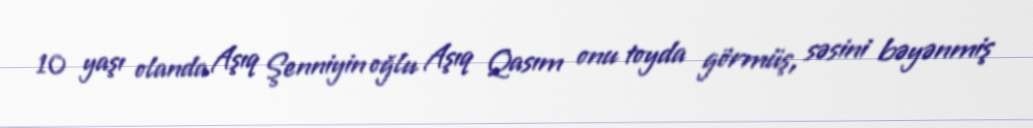
10 yaşı olanda Aşıq Şenniyin oğlu Aşıq Qasım onu toyda görmüş, səsini bəyənmiş